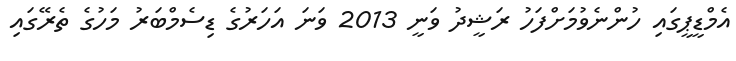
އެމްޑީޕީގައި ހުންނެވުމަށްފަހު ރަޝީދު ވަނީ 2013 ވަނަ އަހަރުގެ ޑިސެމްބަރު މަހުގެ ތެރޭގައި